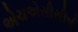
એચએસીસીપી